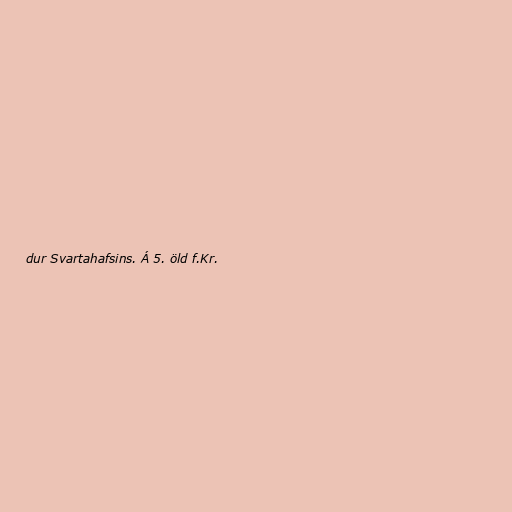
dur Svartahafsins. Á 5. öld f.Kr.